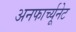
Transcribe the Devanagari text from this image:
अनफार्च्यूनेट